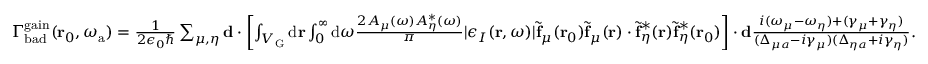
\begin{array} { r } { \Gamma _ { \mathrm { b a d } } ^ { \mathrm { g a i n } } ( \mathbf { r } _ { 0 } , \omega _ { \mathrm { a } } ) = \frac { 1 } { 2 \epsilon _ { 0 } \hbar } \sum _ { \mu , \eta } \mathbf { d } \cdot \left[ \int _ { V _ { \mathrm { G } } } { \mathrm d } { \bf r } \int _ { 0 } ^ { \infty } { \mathrm d } \omega \frac { 2 A _ { \mu } ( \omega ) A _ { \eta } ^ { * } ( \omega ) } { \pi } | \epsilon _ { I } ( \mathbf { r } , \omega ) | \tilde { \mathbf { f } } _ { \mu } ( \mathbf { r } _ { 0 } ) \tilde { \mathbf { f } } _ { \mu } ( \mathbf { r } ) \cdot \tilde { \mathbf { f } } _ { \eta } ^ { * } ( \mathbf { r } ) \tilde { \mathbf { f } } _ { \eta } ^ { * } ( \mathbf { r } _ { 0 } ) \right] \cdot \mathbf { d } \frac { i ( \omega _ { \mu } - \omega _ { \eta } ) + ( \gamma _ { \mu } + \gamma _ { \eta } ) } { ( \Delta _ { \mu a } - i \gamma _ { \mu } ) ( \Delta _ { \eta a } + i \gamma _ { \eta } ) } . } \end{array}